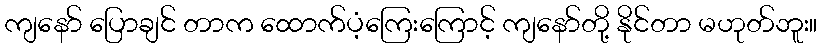
ကျနော် ပြောချင် တာက ထောက်ပံ့ကြေးကြောင့် ကျနော်တို့ နိုင်တာ မဟုတ်ဘူး။